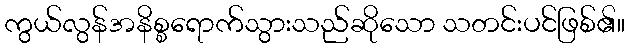
ကွယ်လွန်အနိစ္စရောက်သွားသည်ဆိုသော သတင်းပင်ဖြစ်၏။